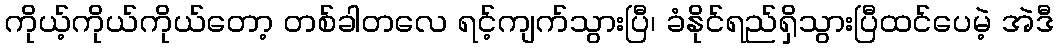
ကိုယ့်ကိုယ်ကိုယ်တော့ တစ်ခါတလေ ရင့်ကျက်သွားပြီ၊ ခံနိုင်ရည်ရှိသွားပြီထင်ပေမဲ့ အဲဒီ